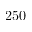
2 5 0